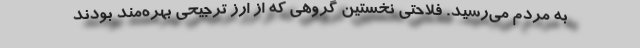
به مردم می‌رسید. فلاحتی نخستین گروهی که از ارز ترجیحی بهره‌مند بودند